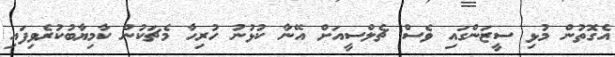
އެގޮތުން މުޅި ސީޒަންގައި ވެސް ޗެލްސީއަށް އޭނާ ކުޅުނު ހުރިހާ މެޗަކުން ކާމިޔާބުކުރެވިފައި